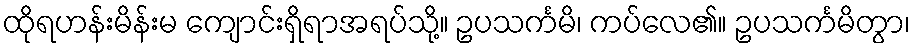
ထိုရဟန်းမိန်းမ ကျောင်းရှိရာအရပ်သို့။ ဥပသင်္ကမိ၊ ကပ်လေ၏။ ဥပသင်္ကမိတွာ၊